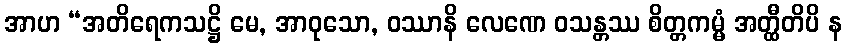
အာဟ “အတိရေကသဋ္ဌိ မေ, အာဝုသော, ဝဿာနိ လေဏေ ဝသန္တဿ စိတ္တကမ္မံ အတ္ထီတိပိ န